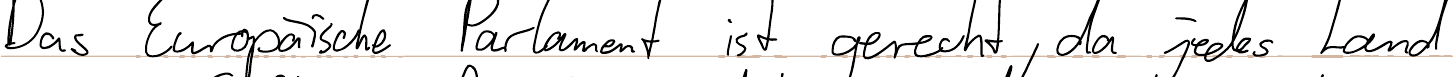
Das Europäische Parlament ist gerecht, da jedes Land